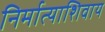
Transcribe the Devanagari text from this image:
निर्मात्याशिवाय